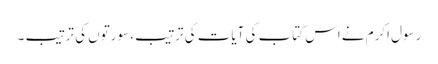
رسول اکرم نے اس کتاب کی آیات کی ترتیب، سورتوں کی ترتیب ۔